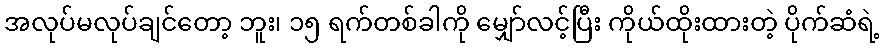
အလုပ်မလုပ်ချင်တော့ ဘူး၊ ၁၅ ရက်တစ်ခါကို မျှော်လင့်ပြီး ကိုယ်ထိုးထားတဲ့ ပိုက်ဆံရဲ့